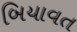
બિયાવત